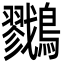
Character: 𪇯